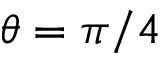
\theta = \pi / 4